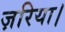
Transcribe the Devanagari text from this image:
ज़रिया।